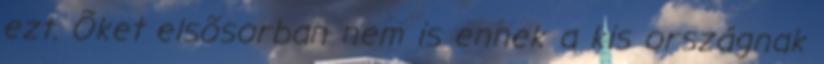
ezt. Õket elsõsorban nem is ennek a kis országnak